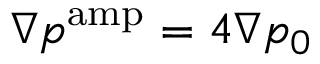
\nabla p ^ { \mathrm { a m p } } = 4 \nabla p _ { 0 }